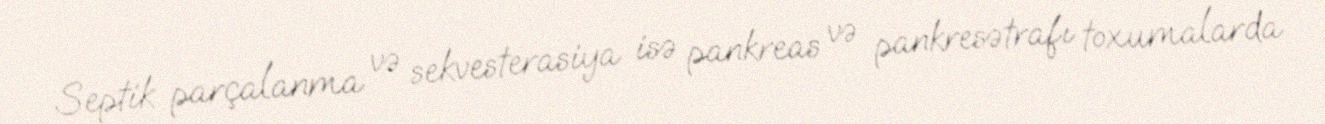
Septik parçalanma və sekvesterasiya isə pankreas və pankresətrafı toxumalarda